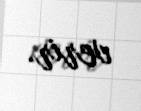
verir.